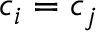
c _ { i } = c _ { j }